Report on the cholera epidemic of
Year: 1868
Disease focus: Cholera
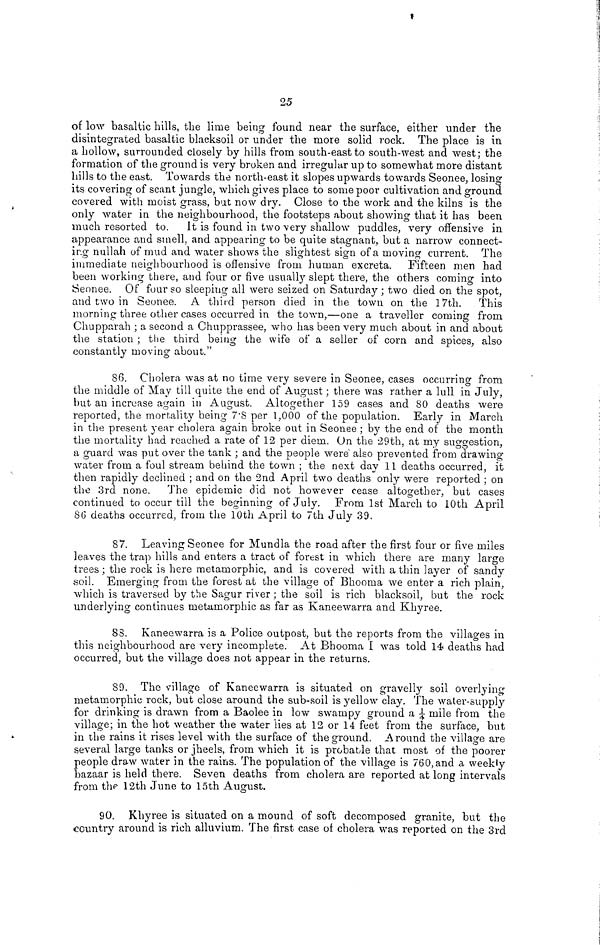
25
of low basaltic hills, the lime being found near the surface, either under the
disintegrated basaltic blacksoil or under the more solid rock. The place is in
a hollow, surrounded closely by hills from south-east to south-west and west; the
formation of the ground is very broken and irregular up to somewhat more distant
hills to the east. Towards the north-east it slopes upwards towards Seonee, losing
its covering of scant jungle, which gives place to some poor cultivation and ground
covered with moist grass, but now dry. Close to the work and the kilns is the
only water in the neighbourhood, the footsteps about showing that it has been
much resorted to. It is found in two very shallow puddles, very offensive in
appearance and smell, and appearing to be quite stagnant, but a narrow connect-
ing nullah of mud and water shows the slightest sign of a moving current. The
immediate neighbourhood is offensive from human excreta. Fifteen men had
been working there, and four or five usually slept there, the others coming into
Seonee. Of four so sleeping all were seized on Saturday ; two died on the spot,
and two in Seonee. A third person died in the town on the 17th. This
morning three other cases occurred in the town,—one a traveller coming from
Chupparah ; a second a Chupprassee, who has been very much about in and about
the station ; the third being the wife of a seller of corn and spices, also
constantly moving about."
86. Cholera was at no time very severe in Seonee, cases occurring from
the middle of May till quite the end of August ; there was rather a lull in July,
but an increase again in August. Altogether 159 cases and 80 deaths were
reported, the mortality being 7 . 8 per 1,000 of the population. Early in March
in the present year cholera again broke out in Seonee ; by the end of the month
the mortality had reached a rate of 12 per diem. On the 29th, at my suggestion,
a guard was put over the tank ; and the people were also prevented from drawing
water from a foul stream behind the town ; the next day 11 deaths occurred, it
then rapidly declined ; and on the 2nd April two deaths only were reported ; on
the 3rd none. The epidemic did not however cease altogether, but cases
continued to occur till the beginning of July. From 1st March to 10th April
86 deaths occurred, from the 10th April to 7th July 39.
87. Leaving Seonee for Mundla the road after the first four or five miles
leaves the trap hills and enters a tract of forest in which there are many large
trees ; the rock is here metamorphic, and is covered with a thin layer of sandy
soil. Emerging from the forest at the village of Bhooma we enter a rich plain,
which is traversed by the Sagur river ; the soil is rich blacksoil, but the rock
underlying continues metamorphic as far as Kaneewarra and Khyree.
88. Kaneewarra is a Police outpost, but the reports from the villages in
this neighbourhood are very incomplete. At Bhooma I was told 14 deaths had
occurred, but the village does not appear in the returns.
89. The village of Kaneewarra is situated on gravelly soil overlying
metamorphic rock, but close around the sub-soil is yellow clay. The water-supply
for drinking is drawn from a Baolee in low swampy ground a ¼ mile from the
village; in the hot weather the water lies at 12 or 14 feet from the surface, but
in the rains it rises level with the surface of the ground. Around the village are
several large tanks or jheels, from which it is probable that most of the poorer
people draw water in the rains. The population of the village is 760, and a weekly
bazaar is held there. Seven deaths from cholera are reported at long intervals
from the 12th June to 15th August.
90. Khyree is situated on a mound of soft decomposed granite, but the
country around is rich alluvium. The first case of cholera was reported on the 3rd